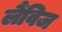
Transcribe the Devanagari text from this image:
लैंविज